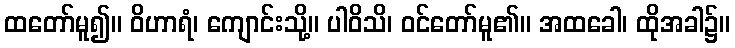
ထတော်မူ၍။ ဝိဟာရံ၊ ကျောင်းသို့။ ပါဝိသိ၊ ဝင်တော်မူ၏။ အထခေါ၊ ထိုအခါ၌။